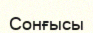
Сонғысы